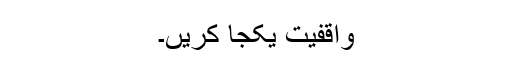
واقفیت یکجا کریں۔